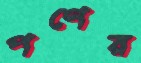
পণের